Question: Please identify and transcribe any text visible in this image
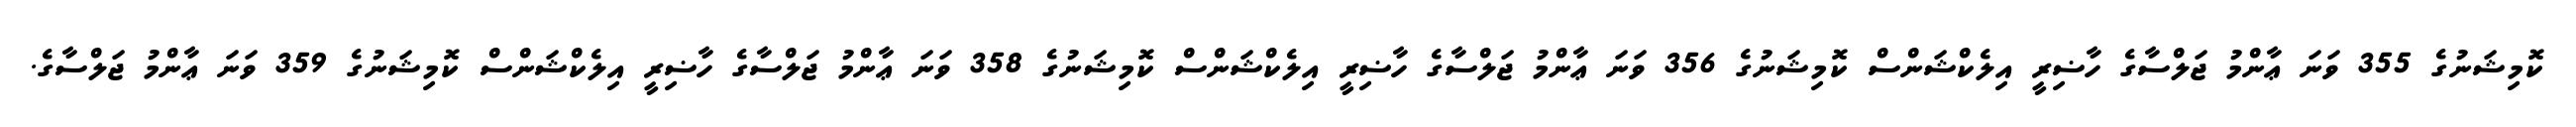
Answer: ކޮމިޝަނުގެ 355 ވަނަ ޢާންމު ޖަލްސާގެ ހާޟިރީ އިލެކްޝަންސް ކޮމިޝަނުގެ 356 ވަނަ ޢާންމު ޖަލްސާގެ ހާޟިރީ އިލެކްޝަންސް ކޮމިޝަނުގެ 358 ވަނަ ޢާންމު ޖަލްސާގެ ހާޟިރީ އިލެކްޝަންސް ކޮމިޝަނުގެ 359 ވަނަ ޢާންމު ޖަލްސާގެ.